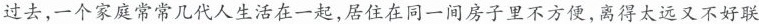
过去，一个家庭常常几代人生活在一起，居住在同一间房子里不方便，离得太远又不好联